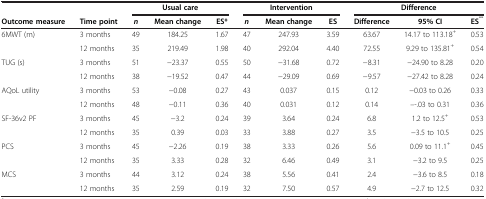
| <COLSPAN=2>  | <COLSPAN=3> Usual care | <COLSPAN=3> Intervention | <COLSPAN=3> Difference |
 | Outcome measure | Time point | n | Mean change | ES* | n | Mean change | ES | Difference | 95% CI | ES** |
 | --- | --- | --- | --- | --- | --- | --- | --- | --- | --- | --- |
 | <ROWSPAN=2> 6MWT (m) | 3 months | 49 | 184.25 | 1.67 | 47 | 247.93 | 3.59 | 63.67 | 14.17 to 113.18+ | 0.53 |
 | 12 months | 35 | 219.49 | 1.98 | 40 | 292.04 | 4.40 | 72.55 | 9.29 to 135.81+ | 0.54 |
 | <ROWSPAN=2> TUG (s) | 3 months | 51 | −23.37 | 0.55 | 50 | −31.68 | 0.72 | −8.31 | −24.90 to 8.28 | 0.20 |
 | 12 months | 38 | −19.52 | 0.47 | 44 | −29.09 | 0.69 | −9.57 | −27.42 to 8.28 | 0.24 |
 | <ROWSPAN=2> AQoL utility | 3 months | 53 | −0.08 | 0.27 | 43 | 0.037 | 0.15 | 0.12 | −0.03 to 0.26 | 0.33 |
 | 12 months | 48 | −0.11 | 0.36 | 40 | 0.031 | 0.12 | 0.14 | –-.03 to 0.31 | 0.36 |
 | <ROWSPAN=2> SF-36v2 PF | 3 months | 45 | −3.2 | 0.24 | 39 | 3.64 | 0.24 | 6.8 | 1.2 to 12.5+ | 0.53 |
 | 12 months | 35 | 0.39 | 0.03 | 33 | 3.88 | 0.27 | 3.5 | −3.5 to 10.5 | 0.25 |
 | <ROWSPAN=2> PCS | 3 months | 45 | −2.26 | 0.19 | 38 | 3.33 | 0.26 | 5.6 | 0.09 to 11.1+ | 0.45 |
 | 12 months | 35 | 3.33 | 0.28 | 32 | 6.46 | 0.49 | 3.1 | −3.2 to 9.5 | 0.25 |
 | MCS | 3 months | 44 | 3.12 | 0.24 | 38 | 5.56 | 0.41 | 2.4 | −3.6 to 8.5 | 0.18 |
 |  | 12 months | 35 | 2.59 | 0.19 | 32 | 7.50 | 0.57 | 4.9 | −2.7 to 12.5 | 0.32 |